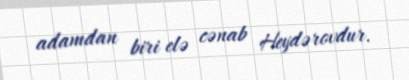
adamdan biri elə cənab Heydərovdur.